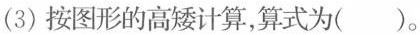
(3)按图形的高矮计算，算式为( )。